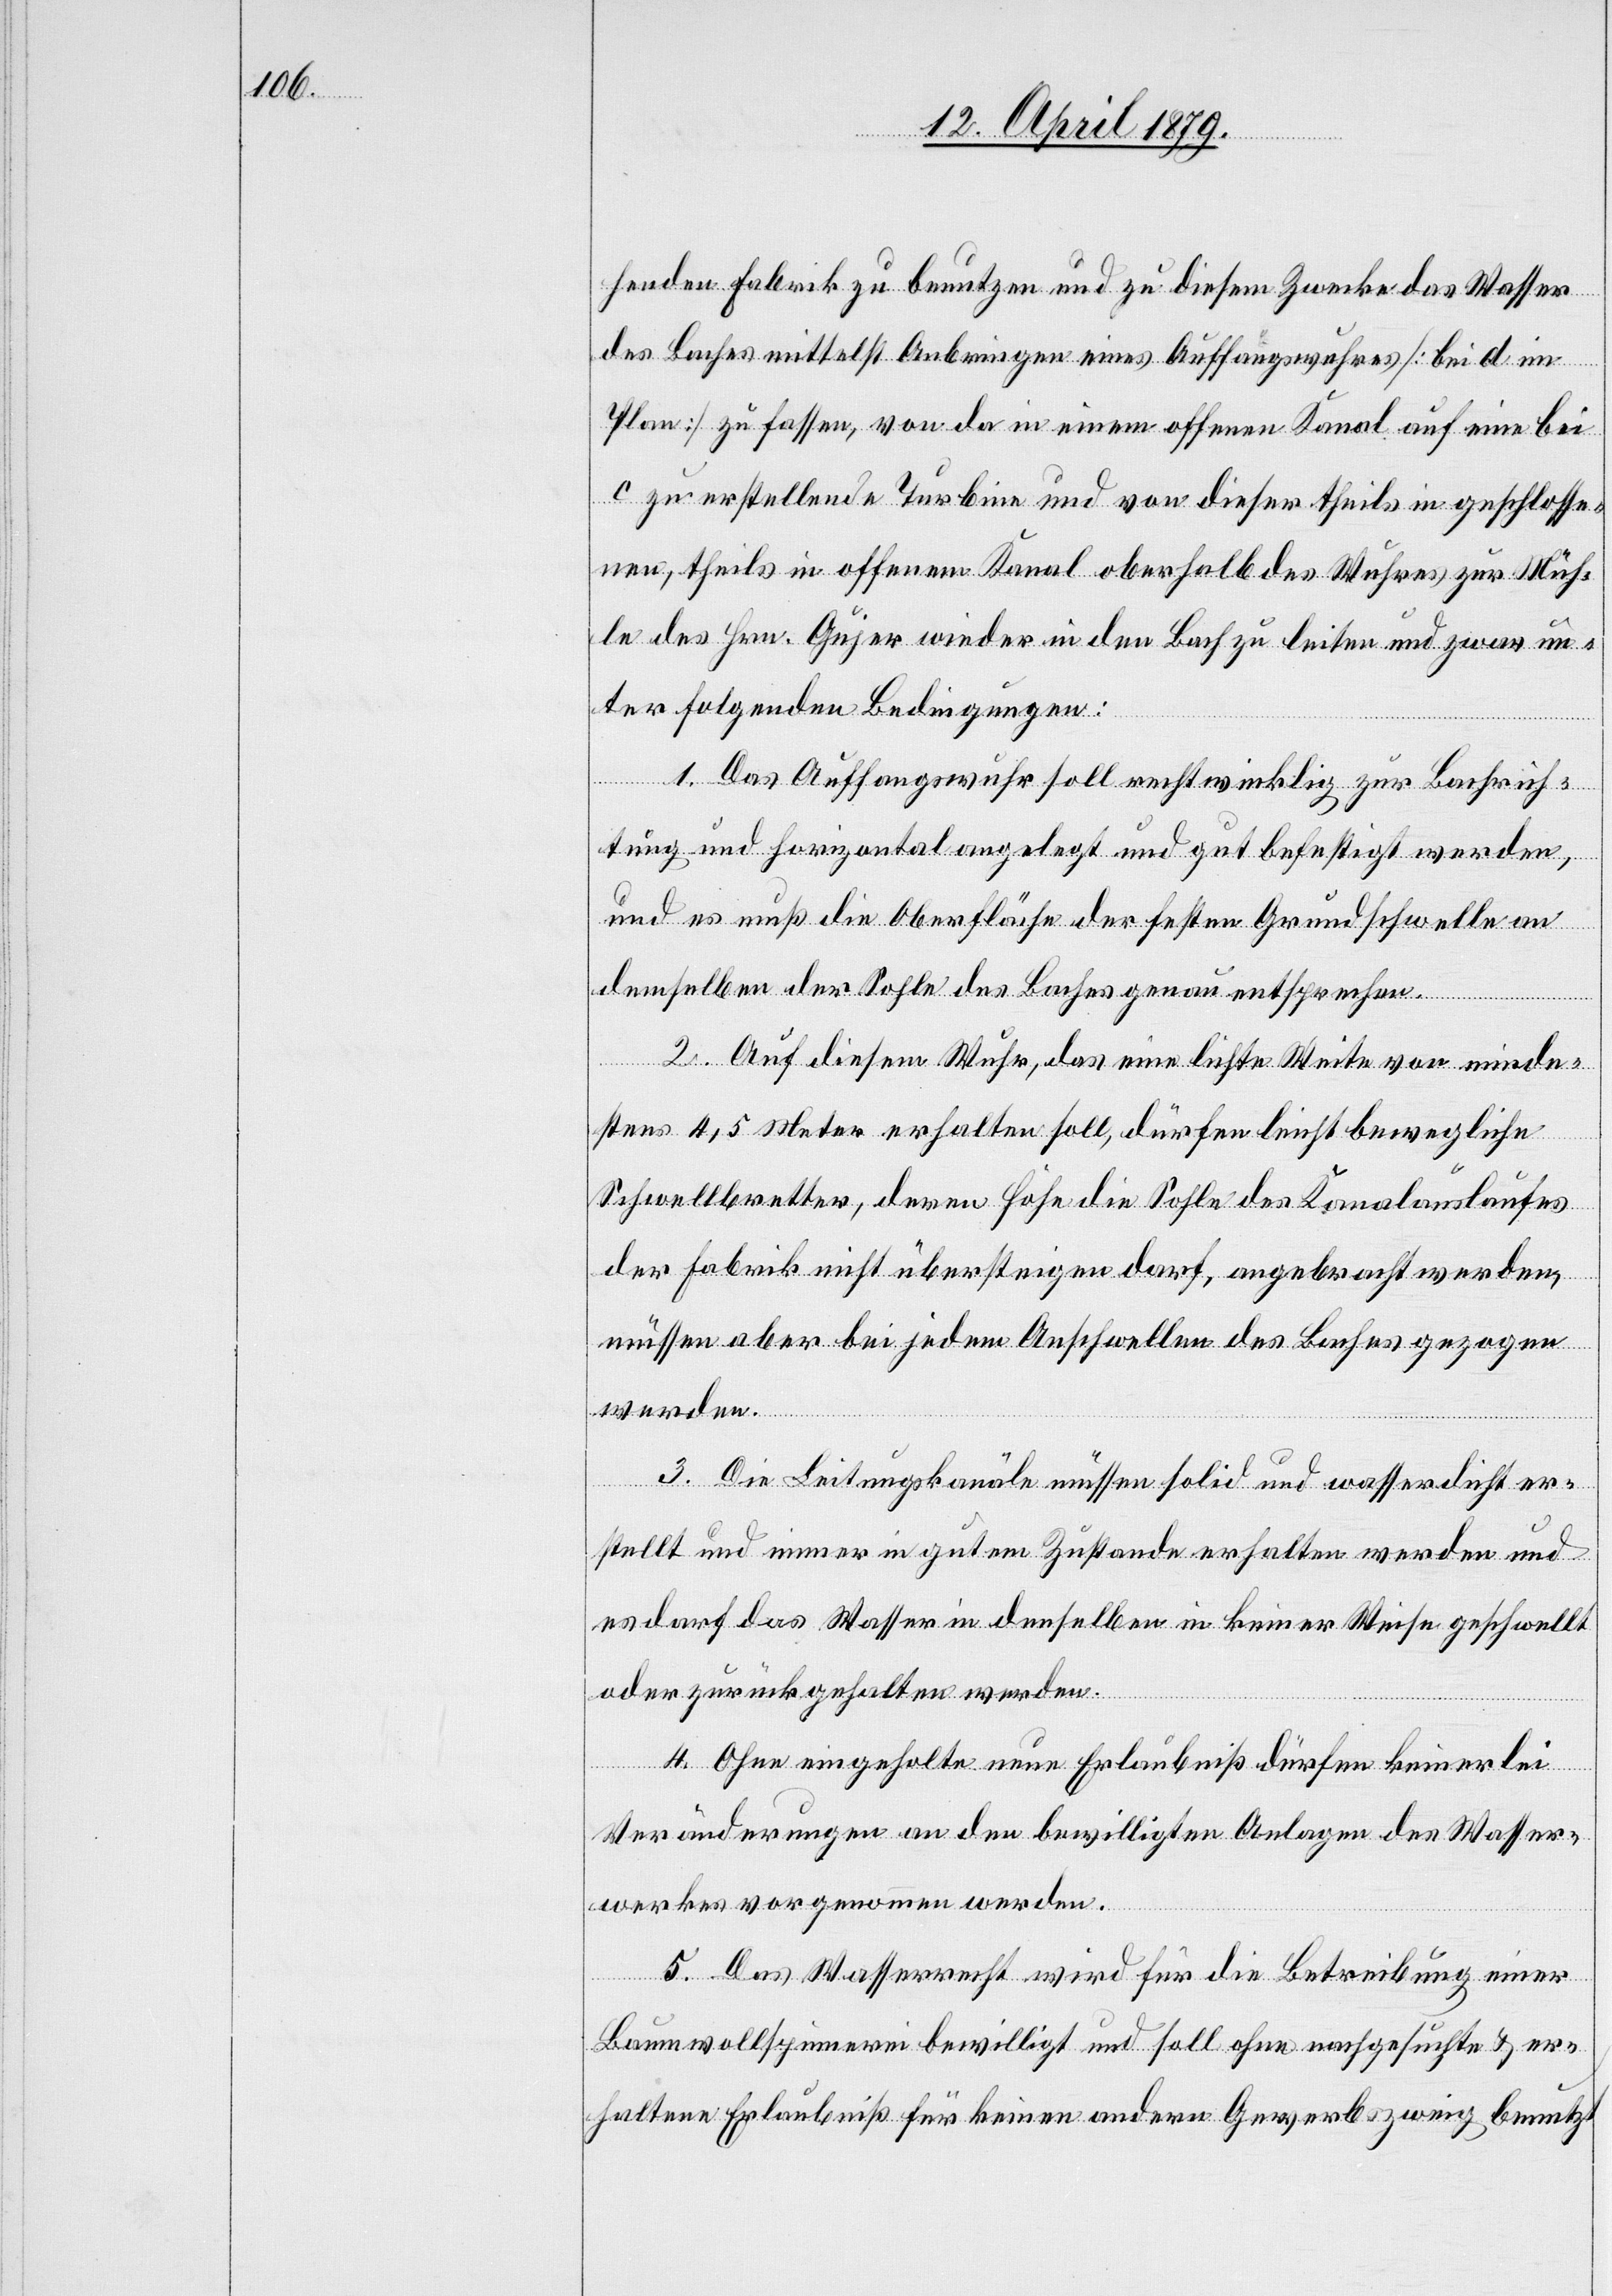
henden Fabrik zu benutzen und zu diesem Zwecke das Wasser
des Baches mittelst Anbringen eines Auffangswuhres [bei d im
Plan] zu fassen, von da in einem offenen Kanal auf eine bei
c zu erstellende Turbine und von dieser theils in geschlosse¬
ic!], theils in offenem Kanal oberhalb des Wuhres zur Müh¬
le des Hrn. Gujer wieder in den Bach zu leiten und zwar un¬
ter folgenden Bedingungen:
1. Das Auffangswuhr soll rechtwinklig zur Bachrich¬
tung und horizontal angelegt und gut befestigt werden,
und es muß die Oberfläche der festen Grundschwelle an
demselben der Sohle des Baches genau entsprechen.
2. Auf diesem Wuhr, das eine lichte Weite von minde¬
stens 4,5 Meter erhalten soll, dürfen leicht bewegliche
Schwellbretter, deren Höhe die Sohle des Kanalauslaufes
der Fabrik nicht übersteigen darf, angebracht werden,
müssen aber bei jedem Anschwellen des Baches gezogen
werden.
nen [s¬
3. Die Leitungskanäle müssen solid und wasserdicht er¬
stellt und immer in gutem Zustande erhalten werden und
es darf das Wasser in denselben in keiner Weise geschwellt
oder zurückgehalten werden.
4. Ohne eingeholte neue Erlaubniß dürfen keinerlei
Veränderungen an den bewilligten Anlagen des Wasser¬
werkes vorgenommen werden.
5. Das Wasserrecht wird für die Betreibung einer
Baumwollspinnerei bewilligt und soll ohne nachgesuchte & er¬
haltene Erlaubniß für keinen andern Gewerbszweig benutzt